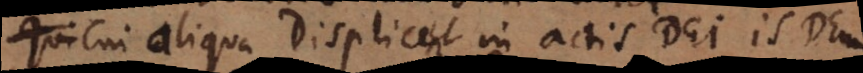
Cui aliqua displicent in actis Dei is